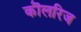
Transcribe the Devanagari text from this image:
कॊलरिज